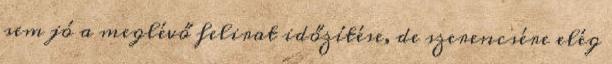
sem jó a meglévő felirat időzítése, de szerencsére elég